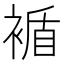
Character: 䙉